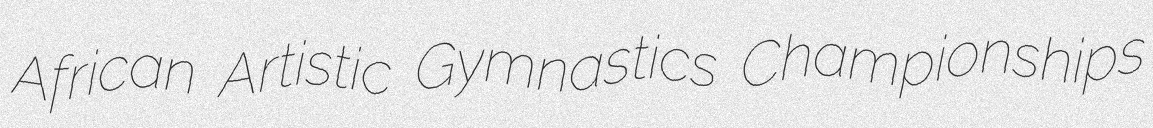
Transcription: African Artistic Gymnastics Championships